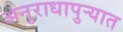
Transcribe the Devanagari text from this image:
अनुराधापुऱ्यात